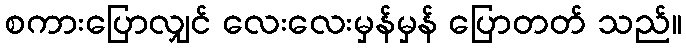
စကားပြောလျှင် လေးလေးမှန်မှန် ပြောတတ် သည်။